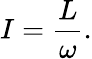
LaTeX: I={\frac{L}{\omega}}.